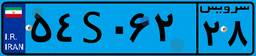
۵۸S۴۲۴۸۹